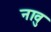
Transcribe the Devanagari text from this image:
नावु